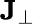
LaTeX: \mathbf{J}_{\perp}